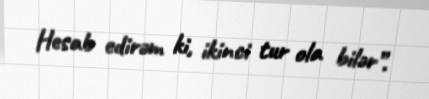
Hesab edirəm ki, ikinci tur ola bilər”.